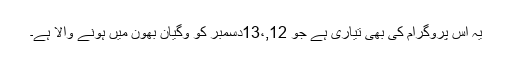
یہ اس پروگرام کی بھی تیاری ہے جو 12,،13دسمبر کو وگیان بھون میں ہونے والا ہے۔